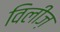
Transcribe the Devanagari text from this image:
विलीज़